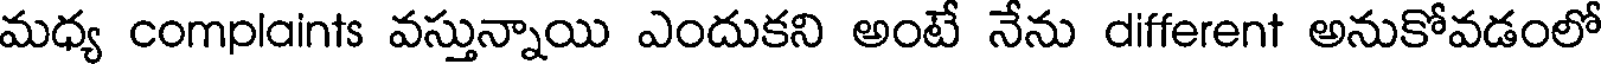
మధ్య complaints వస్తున్నాయి ఎందుకని అంటే నేను different అనుకోవడంలో